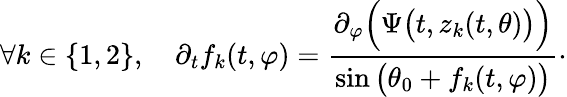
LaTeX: \forall k\in\{ 1,2\} ,\quad\partial_{t}f_{k}(t,\varphi)=\frac{\partial_{\varphi}\Big(\Psi\big(t,z_{k}(t,\theta)\big)\Big)}{\sin\big(\theta_{0}+f_{k}(t,\varphi)\big)}\cdot